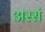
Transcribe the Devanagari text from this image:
अस्सं